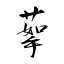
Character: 蒘